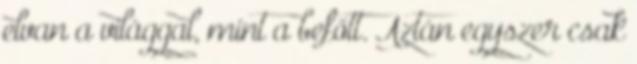
elvan a világgal, mint a befőtt. Aztán egyszer csak